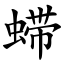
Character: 䗖